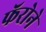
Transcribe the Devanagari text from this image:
फॅरोने